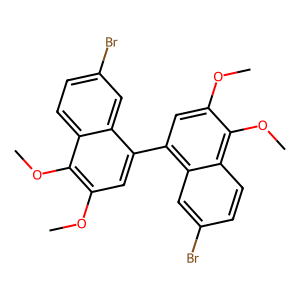
SMILES: COc1cc(-c2cc(OC)c(OC)c3ccc(Br)cc23)c2cc(Br)ccc2c1OC
Inhibits HIV replication: No